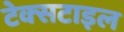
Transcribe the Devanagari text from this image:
टेक्‍सटाइल